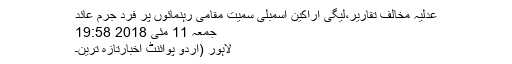
عدلیہ مخالف تقاریر،لیگی اراکین اسمبلی سمیت مقامی رہنمائوں پر فرد جرم عائد
جمعہ 11 مئی 2018 19:58
لاہور (اُردو پوائنٹ اخبارتازہ ترین۔